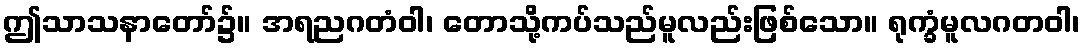
ဤသာသနာတော်၌။ အရညဂတံဝါ၊ တောသို့ကပ်သည်မူလည်းဖြစ်သော။ ရုက္ခံမူလဂတဝါ၊